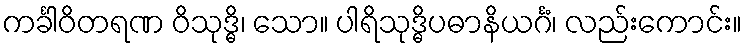
ကင်္ခါဝိတရဏ ဝိသုဒ္ဓိ၊ သော။ ပါရိသုဒ္ဓိပဓာနိယင်္ဂံ၊ လည်းကောင်း။